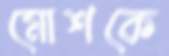
মোশকে